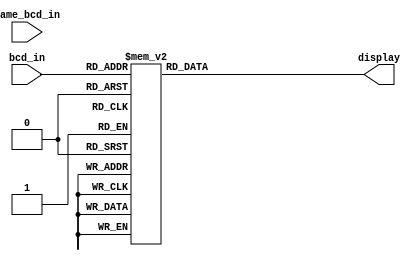
module seven_seg_decoder(display,bcd_in,game_bcd_in);
  
  output reg[6:0] display;
  input [3:0] bcd_in;
  input [3:0] game_bcd_in;
  
  parameter BLANK = 7'b111_1111;
  parameter ZERO = 7'b100_0000;
  parameter ONE = 7'b111_1001;
  parameter TWO = 7'b010_0100;
  parameter THREE = 7'b011_0000;
  parameter FOUR = 7'b001_1001;
  parameter FIVE =7'b001_0010;
  parameter SIX = 7'b000_0010;
  parameter SEVEN = 7'b111_1000;
  parameter EIGHT = 7'b000_0000;
  parameter NINE = 7'b001_0000;
  
  always @(bcd_in)
  case (bcd_in)
    0: display = ZERO;
    1: display = ONE;
    2: display = TWO;
    3: display = THREE;
    4: display = FOUR;
    5: display = FIVE;
    6: display = SIX;
    7: display = SEVEN;
    8: display = EIGHT;
    9: display = NINE;
  
    default :display =BLANK;
endcase
endmodule